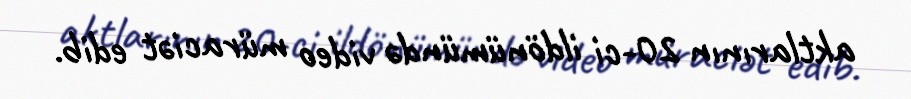
aktlarının 20-ci ildönümündə video müraciət edib.